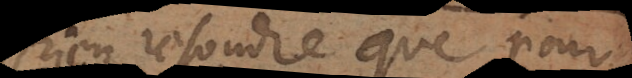
rien resoudre que pour